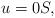
LaTeX: \begin{align*}u=0 S,\end{align*}